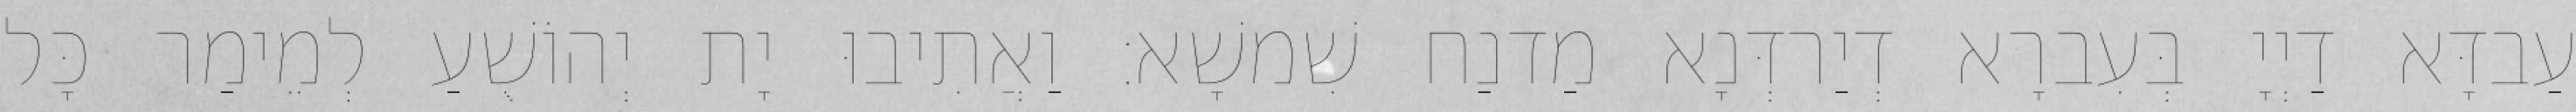
עַבדָּא דַיְיָ בְּעִברָא דְיַרדְּנָא מַדנַח שִׁמשָׁא׃ וַאֲתִיבוּ יָת יְהוֹשֻׁעַ לְמֵימַר כָּל